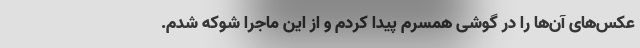
عکس‌های آن‌ها را در گوشی همسرم پیدا کردم و از این ماجرا شوکه شدم.